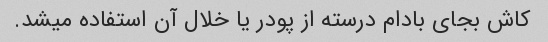
کاش بجای بادام درسته از پودر یا خلال آن استفاده میشد.